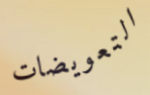
التعويضات